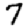
Digit: 7